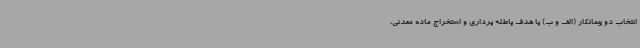
انتخاب دو پیمانکار (الف و ب) با هدف باطله برداری و استخراج ماده معدنی،